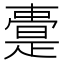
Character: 𭧢